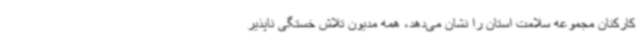
کارکنان مجموعه سلامت استان را نشان می‌دهد، همه مدیون تلاش خستگی ناپذیر